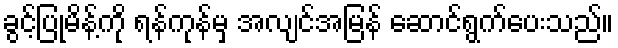
ခွင့်ပြုမိန့်ကို ရန်ကုန်မှ အလျင်အမြန် ဆောင်ရွက်ပေးသည်။